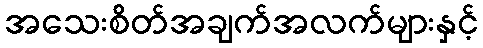
အသေးစိတ်အချက်အလက်များနှင့်